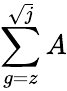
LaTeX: \sum\limits_{g=z}^{\sqrt{j}}A